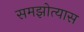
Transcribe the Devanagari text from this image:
समझोत्यास